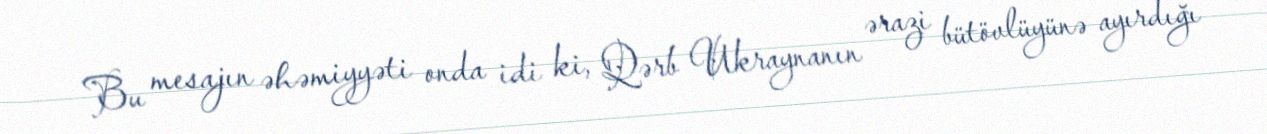
Bu mesajın əhəmiyyəti onda idi ki, Qərb Ukraynanın ərazi bütövlüyünə ayırdığı